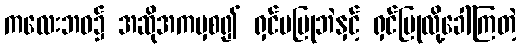
ကလေးဘဝ၌ အဆိုအကမှစ၍ ရှင်မပြုဘဲနှင့် ရှင်ပြုလို့ခေါ်ကြတဲ့